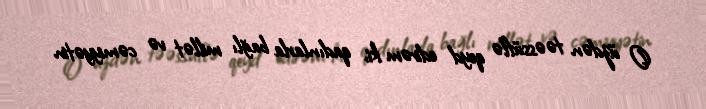
O üzdən təəssüflə qeyd edirəm ki, qadınlarla bağlı millət və cəmiyyətin